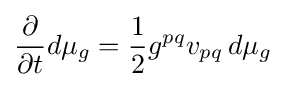
{\frac {\partial }{\partial t}}d\mu _{g}={\frac {1}{2}}g^{pq}v_{pq}\,d\mu _{g}